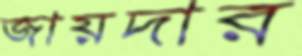
জায়দার